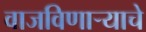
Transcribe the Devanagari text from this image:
वाजविणाऱ्याचे